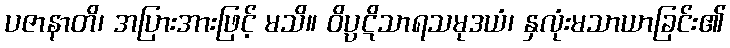
ပဇာနာတိ၊ အပြားအားဖြင့် မသိ။ ဝိပ္ပဋိသာရသမုဒယံ၊ နှလုံးမသာယာခြင်း၏